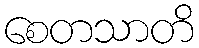
စေတသာတိ